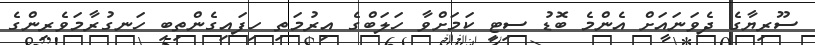
ސޫރިޔާގެ ދެވަނައަށް އެންމެ ބޮޑު ސިޓީ ކަމަށްވާ ހަލަބްގެ އިރުމަތި ހިފައިގެންތިބި ހަނގުރާމަވެރިންގެ